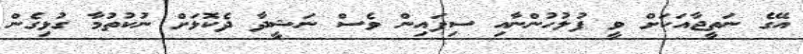
އޭގެ ނަތީޖާއަކަށް ވީ ފުލުހުންނާއި ސިފައިން ވެސް ނަޝީދާ ދެކޮޅަށް ނުކުތުމާ ގުޅިގެން